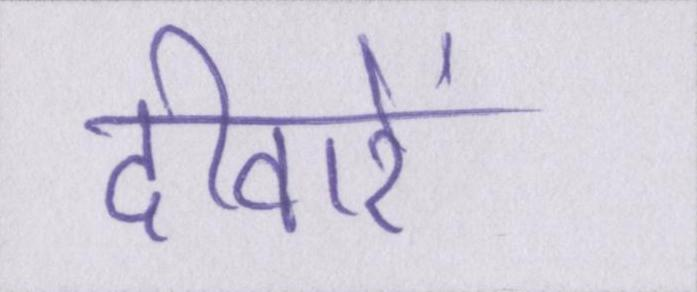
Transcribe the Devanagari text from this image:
दीवारें